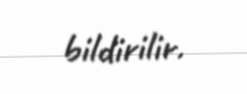
bildirilir.